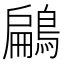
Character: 鶣